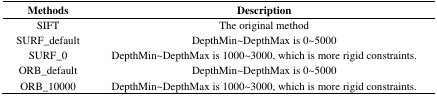
| Methods | Description |
 | --- | --- |
 | SIFT | The original method |
 | SURF_default | DepthMin~DepthMax is 0~5000 |
 | SURF_0 | DepthMin~DepthMax is 1000~3000, which is more rigid constraints. |
 | ORB_default | DepthMin~DepthMax is 0~5000 |
 | ORB_10000 | DepthMin~DepthMax is 1000~3000, which is more rigid constraints. |